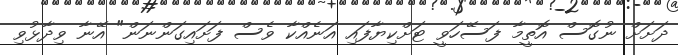
ދަށަށް ނުގޮސް އޮތީމާ ފަސޭހަވީ ޓަށްކިޔާފައި އަނެއްކާ ވެސް ފަށައިގަންނަން" އޭނާ ވިދާޅުވި